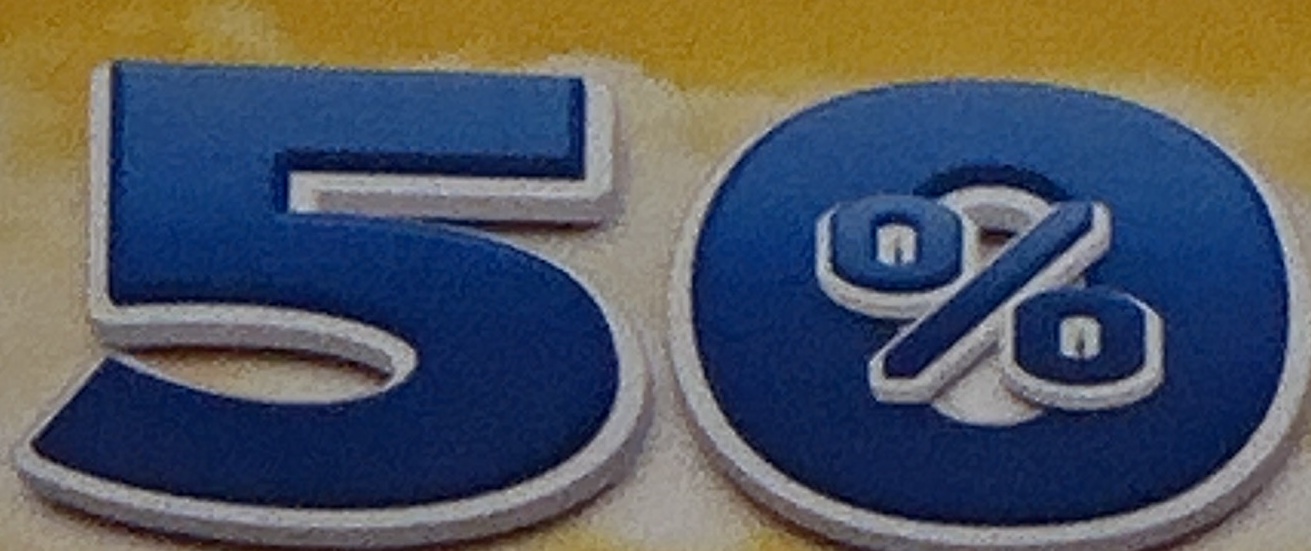
50